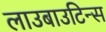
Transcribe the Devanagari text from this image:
लाउबाउटिन्स